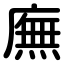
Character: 廡